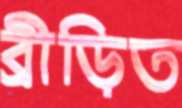
ব্রীড়িত